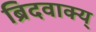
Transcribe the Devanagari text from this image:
ब्रिदवाक्य्